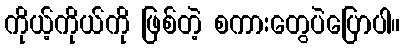
ကိုယ့်ကိုယ်ကို ဖြစ်တဲ့ စကားတွေပဲပြောပါ။